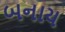
બનાય